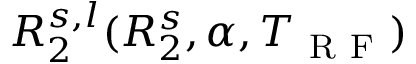
R _ { 2 } ^ { s , l } ( R _ { 2 } ^ { s } , \alpha , T _ { \mathrm { ~ R ~ F ~ } } )